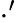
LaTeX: \cdot^{\prime}